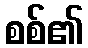
စစ်၏